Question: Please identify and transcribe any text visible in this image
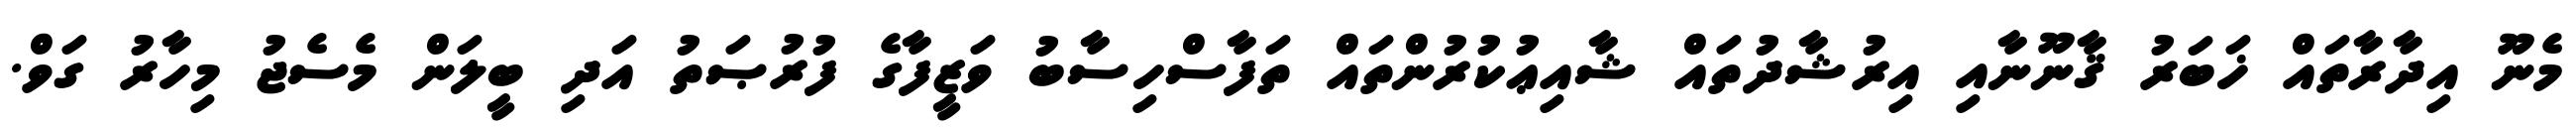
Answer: މެނޫ އިދާރާތައް ޚަބަރު ޤާނޫނާއި އިރުޝާދުތައް ޝާއިޢުކުރުންތައް ތަފާސްހިސާބު ވަޒީފާގެ ފުރުޞަތު އަދި ބީލަން މެސެޖު މިހާރު ގަވް.